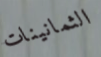
الثمانينات